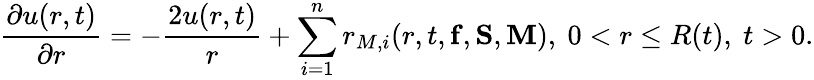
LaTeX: \frac{\partial u(r,t)}{\partial r}=-\frac{2u(r,t)}{r}+\sum_{i=1}^{n}r_{M,i}(r,t,{\mathbf f},{\mathbf S},{\mathbf M}),\ 0<r\leq R(t),\ t>0.